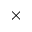
\times